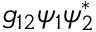
g _ { 1 2 } \psi _ { 1 } \psi _ { 2 } ^ { * }